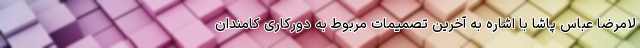
لامرضا عباس پاشا با اشاره به آخرین تصمیمات مربوط به دورکاری کامندان